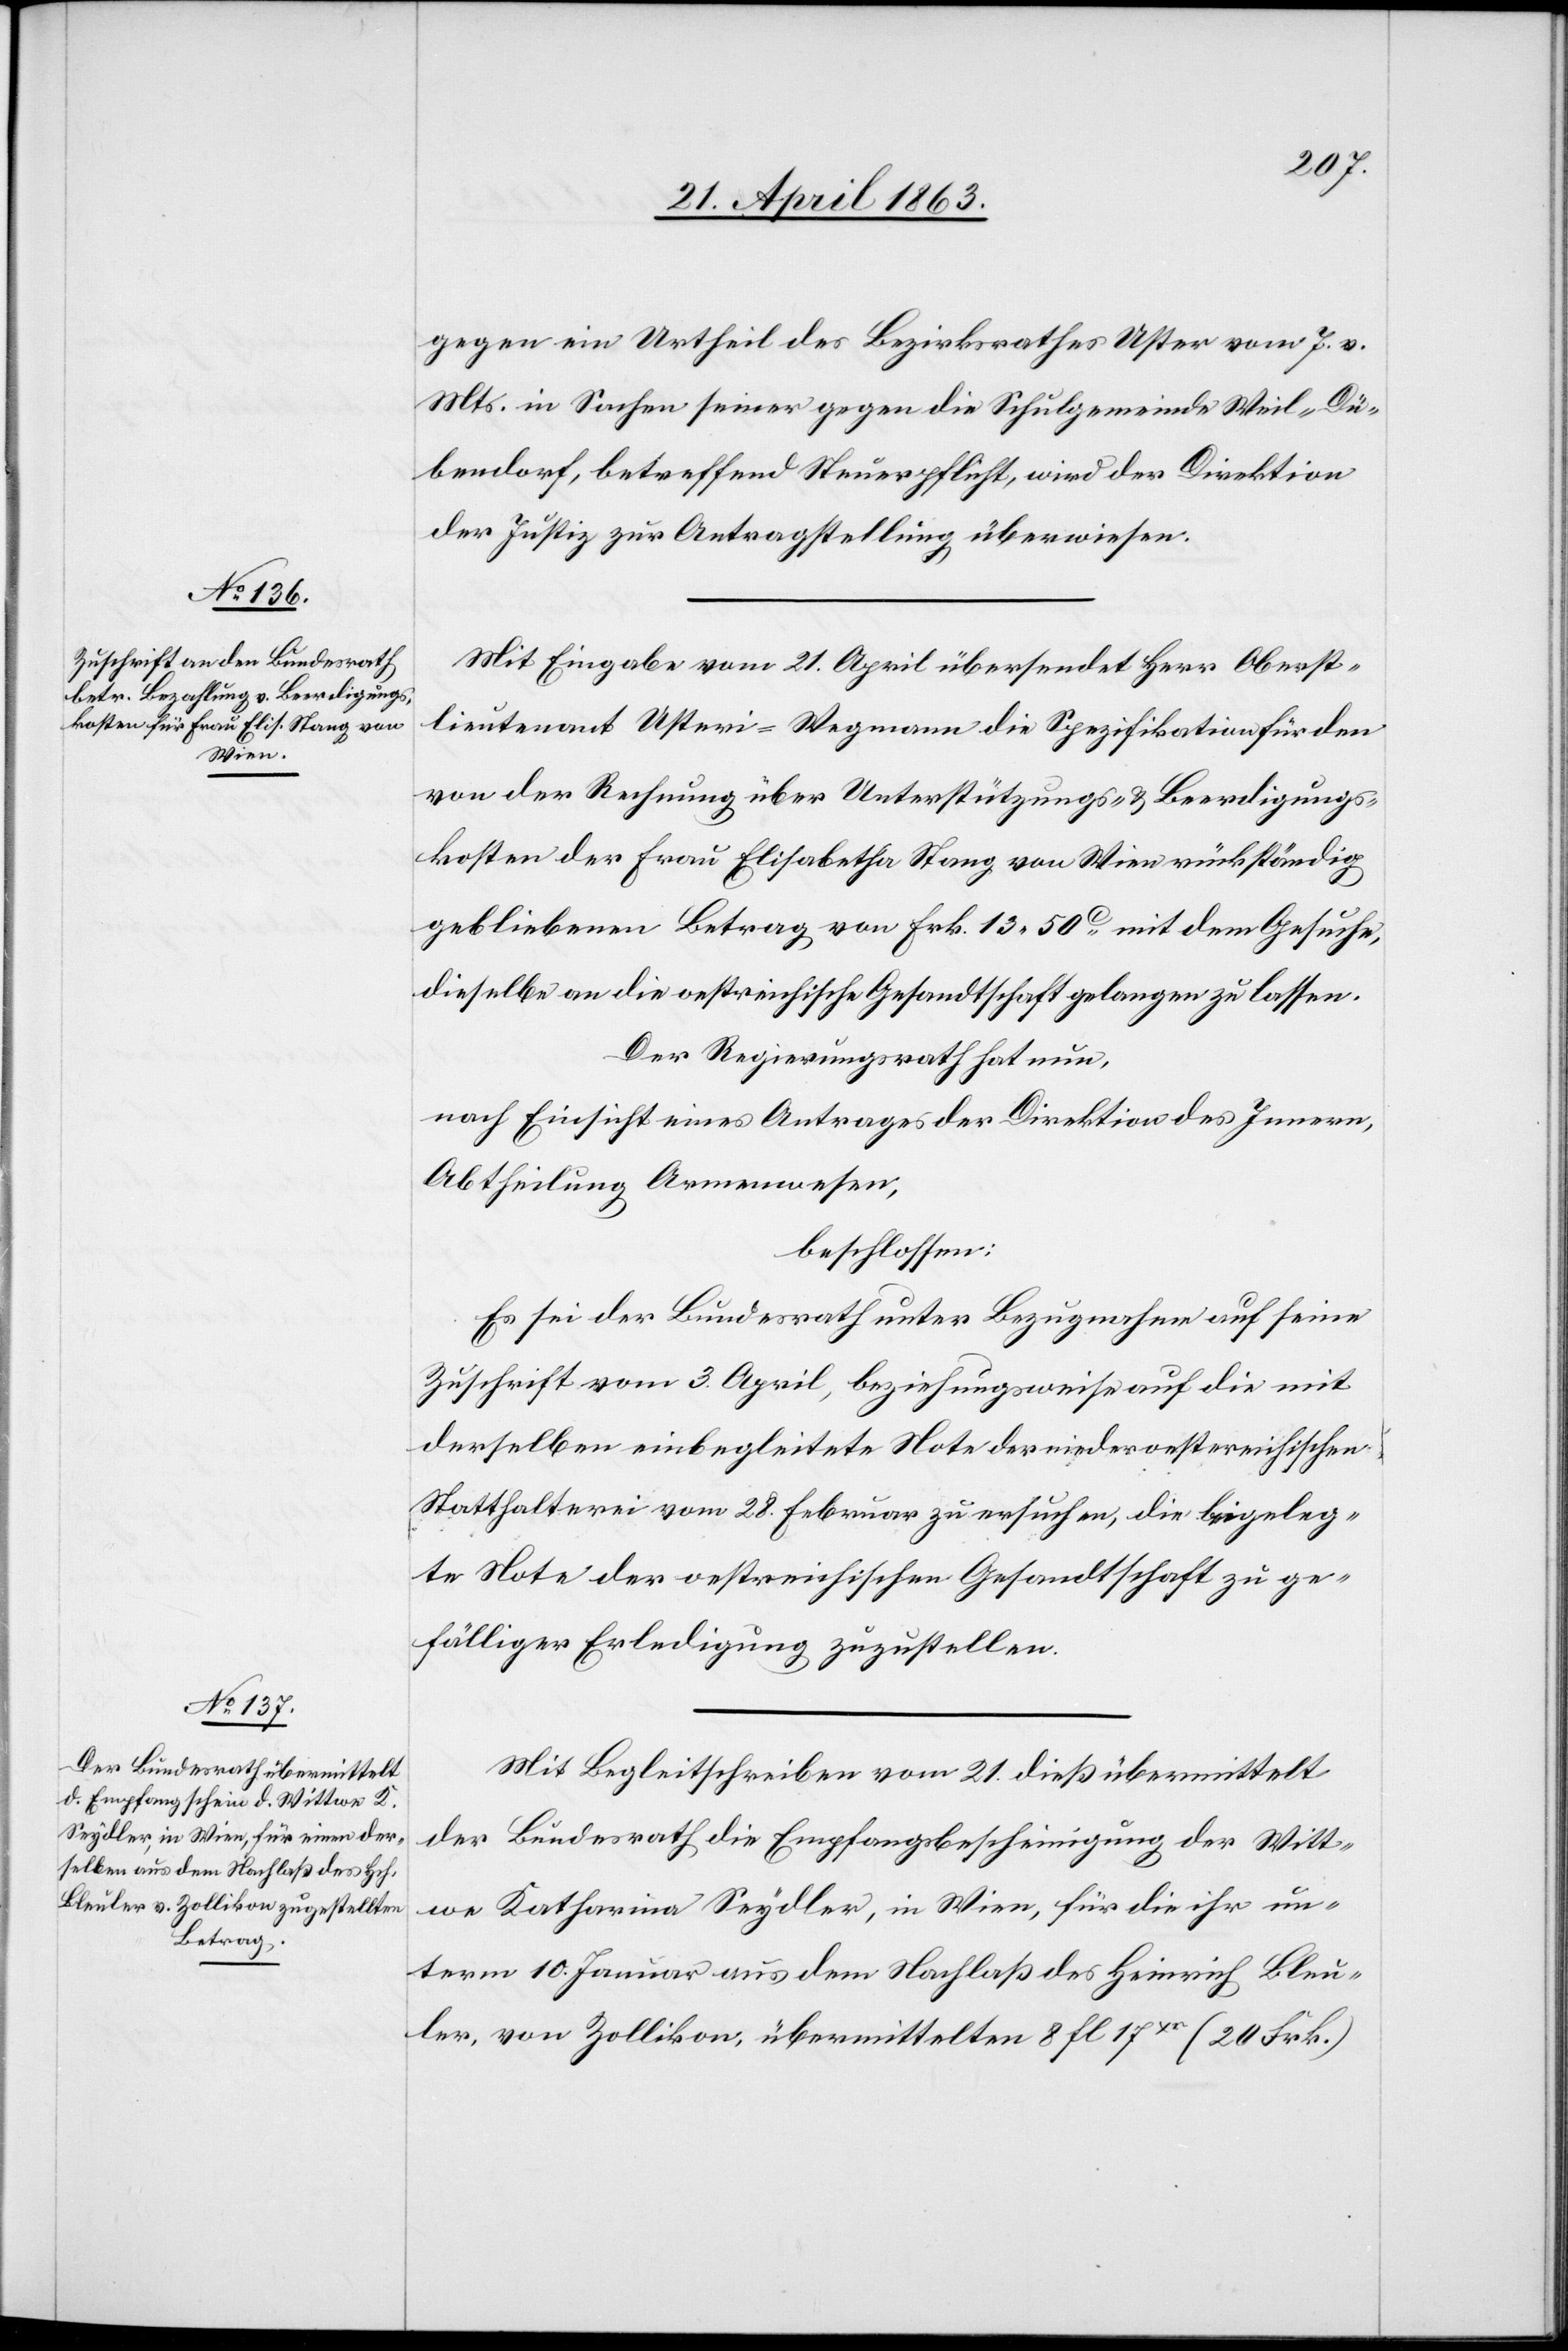
23. April 1863.]
gegen ein Urtheil des Bezirksrathes Uster vom 7. v.
Mts. in Sachen seiner gegen die Schulgemeinde Weil-Dü¬
bendorf, betreffend Steuerpflicht, wird der Direktion
der Justiz zur Antragstellung überwiesen.
Mit Eingabe vom 21. April übersendet Herr Oberst¬
lieutenant Usteri-Wegmann die Spezifikation für den
von der Rechnung über Unterstützungs- & Beerdigungs¬
kosten der Frau Elisabetha Stang von Wien rückständig
gebliebenen Betrag von Frk. 13. 50c mit dem Gesuche,
dieselbe an die oestreichische Gesandtschaft gelangen zu lassen.
Der Regierungsrath hat nun,
nach Einsicht eines Antrages der Direktion des Innern,
Abtheilung Armenwesen,
beschlossen:
Es sei der Bundesrath unter Bezugnahme auf seine
Zuschrift vom 3. April, beziehungsweise auf die mit
derselben einbegleitete Note der niederoestereichischen
Statthalterei vom 28. Februar zu ersuchen, die beigeleg¬
te Note der oestreichischen Gesandtschaft zu ge¬
fälliger Erledigung zuzustellen.
Mit Begleitschreiben vom 21. dieß übermittelt
der Bundesrath die Empfangsbescheinigung der Witt¬
we Katharina Seydler, in Wien, für die ihr un¬
term 10. Januar aus dem Nachlaß des Heinrich Bleu¬
ler, von Zollikon, übermittelten 8 fl. 17xr (20 Frk.)